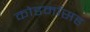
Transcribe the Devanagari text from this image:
कोडर्मासह